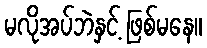
မလိုအပ်ဘဲနှင့် ဖြစ်မနေ။